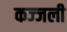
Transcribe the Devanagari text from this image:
कज्‍जली